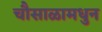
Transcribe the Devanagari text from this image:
चौसाळामधुन